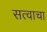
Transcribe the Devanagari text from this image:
सत्वाचा